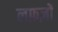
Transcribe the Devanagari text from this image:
लफ़ज़ों